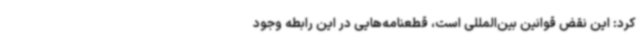
کرد: این نقض قوانین بین‌المللی است، قطعنامه‌هایی در این رابطه وجود